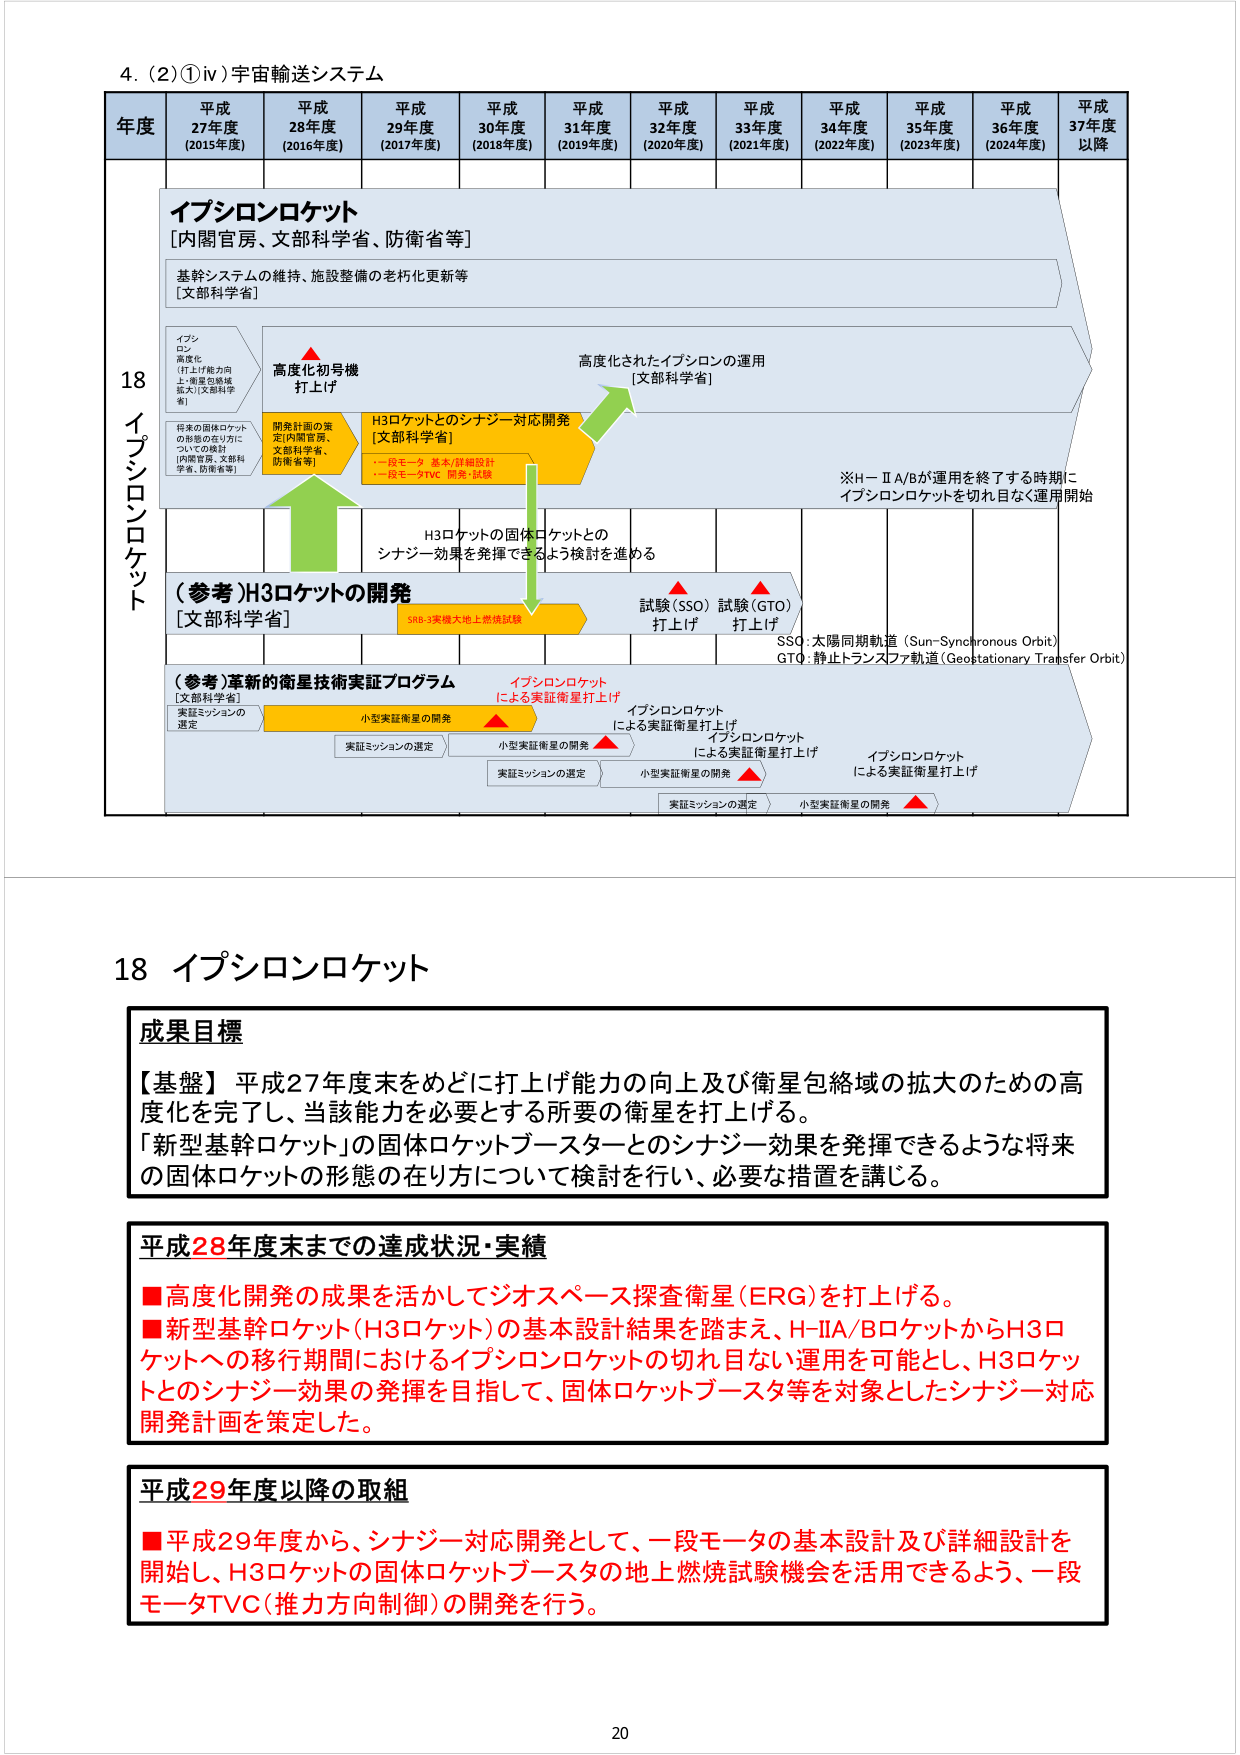
4. (2)①ⅳ) 宇宙輸送システム

年度 平成27年度 (2015年度) 平成28年度 (2016年度) 平成29年度 (2017年度) 平成30年度 (2018年度) 平成31年度 (2019年度) 平成32年度 (2020年度) 平成33年度 (2021年度) 平成34年度 (2022年度) 平成35年度 (2023年度) 平成36年度 (2024年度) 平成37年度以降

18 イプシロンロケット

イプシロンロケット
[内閣官房、文部科学省、防衛省等]

基幹システムの維持、施設整備の老朽化更新等
[文部科学省]

イプシロン
高度化
(打上げ能力向上・衛星包絡域拡大)[文部科学省]

高度化初号機
打上げ

開発計画の策定[内閣官房、文部科学省、防衛省等]

H3ロケットとのシナジー対応開発
[文部科学省]
・一段モータ 基本/詳細設計
・一段モータTVC 開発・試験

高度化されたイプシロンの運用
[文部科学省]

※H-IIA/Bが運用を終了する時期に
イプシロンロケットを切れ目なく運用開始

将来の固体ロケットの形態の在り方についての検討
[内閣官房、文部科学省、防衛省等]

H3ロケットの固体ロケットとの
シナジー効果を発揮できるよう検討を進める

(参考)H3ロケットの開発
[文部科学省]
SAB-3実機大地上燃焼試験

試験(SSO)打上げ
試験(GTO)打上げ

SSO:太陽同期軌道 (Sun-Synchronous Orbit)
GTO:静止トランスファ軌道 (Geostationary Transfer Orbit)

(参考)革新的衛星技術実証プログラム
[文部科学省]
実証ミッションの選定
小型実証衛星の開発
イプシロンロケットによる実証衛星打上げ
実証ミッションの選定
小型実証衛星の開発
イプシロンロケットによる実証衛星打上げ
実証ミッションの選定
小型実証衛星の開発
イプシロンロケットによる実証衛星打上げ

18 イプシロンロケット

成果目標
【基盤】平成27年度末をめどに打上げ能力の向上及び衛星包絡域の拡大のための高度化を完了し、当該能力を必要とする所要の衛星を打上げる。
「新型基幹ロケット」の固体ロケットブースターとのシナジー効果を発揮できるような将来の固体ロケットの形態の在り方について検討を行い、必要な措置を講じる。

平成28年度末までの達成状況・実績
■高度化開発の成果を活かしてジオスペース探査衛星(ERG)を打上げる。
■新型基幹ロケット(H3ロケット)の基本設計結果を踏まえ、H-IIA/BロケットからH3ロケットへの移行期間におけるイプシロンロケットの切れ目ない運用を可能とし、H3ロケットとのシナジー効果の発揮を目指して、固体ロケットブースタ等を対象としたシナジー対応開発計画を策定した。

平成29年度以降の取組
■平成29年度から、シナジー対応開発として、一段モータの基本設計及び詳細設計を開始し、H3ロケットの固体ロケットブースタの地上燃焼試験機会を活用できるよう、一段モータTVC(推力方向制御)の開発を行う。

20